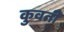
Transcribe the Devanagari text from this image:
कुवती